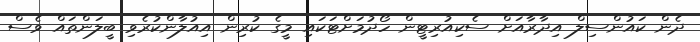
ދެން ކައުންސިލް އިދާރާއަށް ސެކިއުރިޓީން ހޯދުމަށްޓަކައި މީގެ ކުރިން އިއުލާންކުރެވި ބީލަންތައް ވެސް